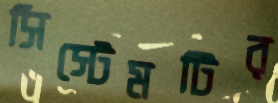
সিস্টেমটির